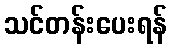
သင်တန်းပေးရန်